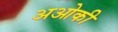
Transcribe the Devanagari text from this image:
अओकी